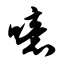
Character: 噫